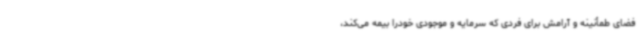
فضای طمأنینه و آرامش برای فردی که سرمایه و موجودی خودرا بیمه می‌کند،